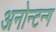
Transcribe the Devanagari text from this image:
अनोन्टन्ग